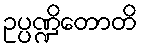
ဥပ္ပဏ္ဍိတောတိ